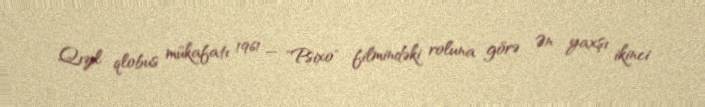
Qızıl qlobus mükafatı 1961 — "Psixo" filmindəki roluna görə Ən yaxşı ikinci